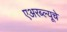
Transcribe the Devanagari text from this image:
एअरब्ल्यूचे